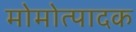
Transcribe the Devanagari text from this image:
मोमोत्पादक